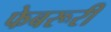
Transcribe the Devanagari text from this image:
फेबरूरी